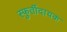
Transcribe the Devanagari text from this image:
स्फुर्तीदायक